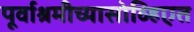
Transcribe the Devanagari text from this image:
पूर्वाश्रमीच्यासोव्हिएत